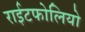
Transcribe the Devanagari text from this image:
राईटफोलियो